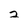
Character: 2